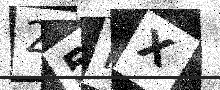
Text: 25IX